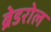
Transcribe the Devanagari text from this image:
ब्रेडरोल